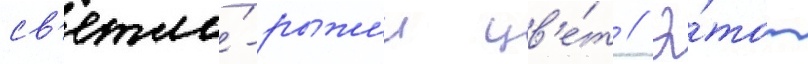
св'етло́-рыжии цв'е́т // Э́тот